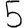
Digit: 5